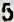
5